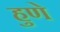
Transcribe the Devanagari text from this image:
हुणे